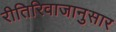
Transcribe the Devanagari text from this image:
रीतिरिवाजानुसार